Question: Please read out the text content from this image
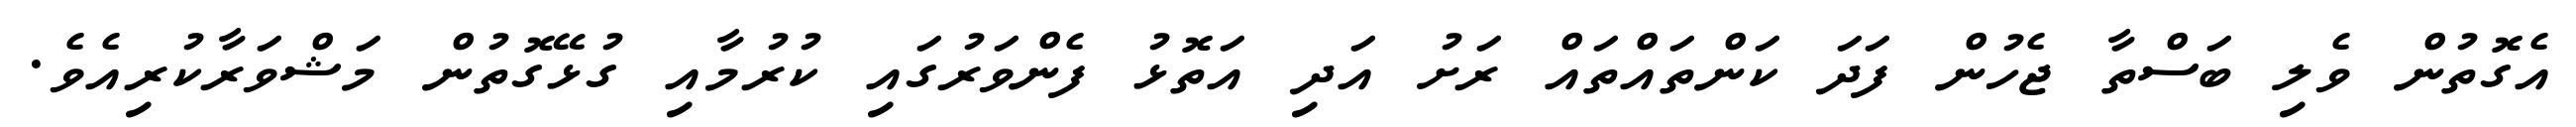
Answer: އެގޮތުން ވެލި ބަސްތާ ޖެހުން ފަދަ ކަންތައްތައް ރަށު އަދި އަތޮޅު ފެންވަރުގައި ކުރުމާއި ގުޅޭގޮތުން މަޝްވަރާކުރިއެވެ.